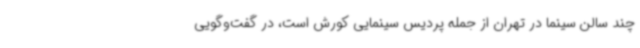
چند سالن سینما در تهران از جمله پردیس سینمایی کورش است، در گفت‌وگویی